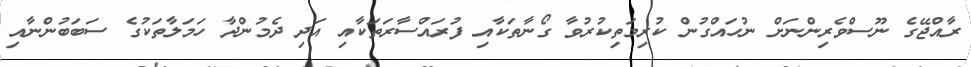
ރާއްޖޭގެ ނޫސްވެރިންނަށް ނުހައްގުން ކުރިމަތިކުރުވާ ގޯނާތަކާއި ފުރައްސާރަތަކާއި އަދި ދެމުންދާ ހަމަލާތަކުގެ ސަބަބުންނާއި